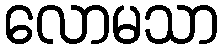
လောမသာ